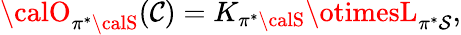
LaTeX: {\calO}_{\pi^{*}{\calS}}(\mathcal{C})=K_{\pi^{*}{\calS}}\otimesL_{\pi^{*}{\cal{S}}},